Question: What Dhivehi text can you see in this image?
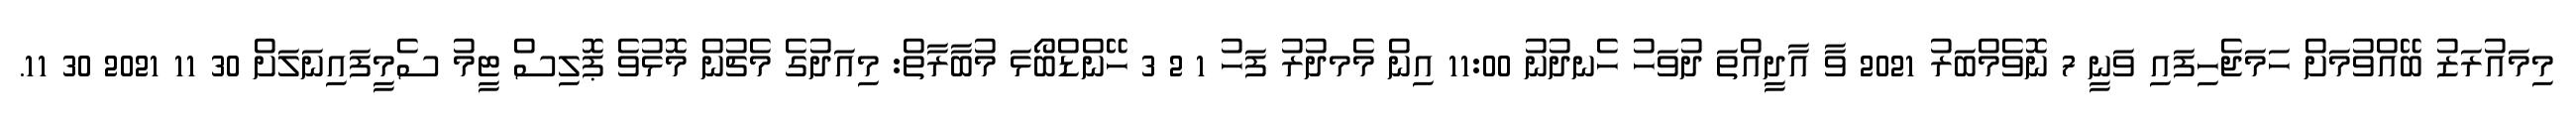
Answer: މިމައުރަޒު ބޭއްވުމަށް ހަމަޖެހިފައި ވަނީ 7 ނޮވެމްބަރު 2021 ވާ އާދީއްތަ ދުވަހު ހެނދުނު 11:00 އިން މެމދުރު ފަހު 1 2 3 ހޭންޑްބޯޅަ މުބާރާތް: މިއަދުގެ މެޗުން މޮޅުވެ ޕޮލިސް ޓީމު ސެމީފައިނަލަށް 30 11 2021 30 11.